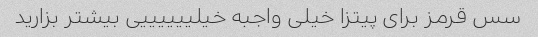
سس قرمز برای پیتزا خیلی واجبه خیلییییییی بیشتر بزارید